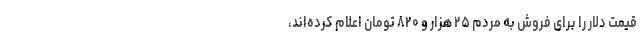
قیمت دلار را برای فروش به مردم ۲۵ هزار و ۸۲۰ تومان اعلام کرده‌اند،